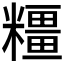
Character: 𱹢